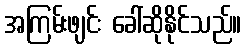
အကြမ်းဖျင်း ခေါ်ဆိုနိုင်သည်။